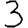
Digit: 3